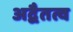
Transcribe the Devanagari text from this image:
अद्वैतत्व